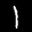
Label: 1